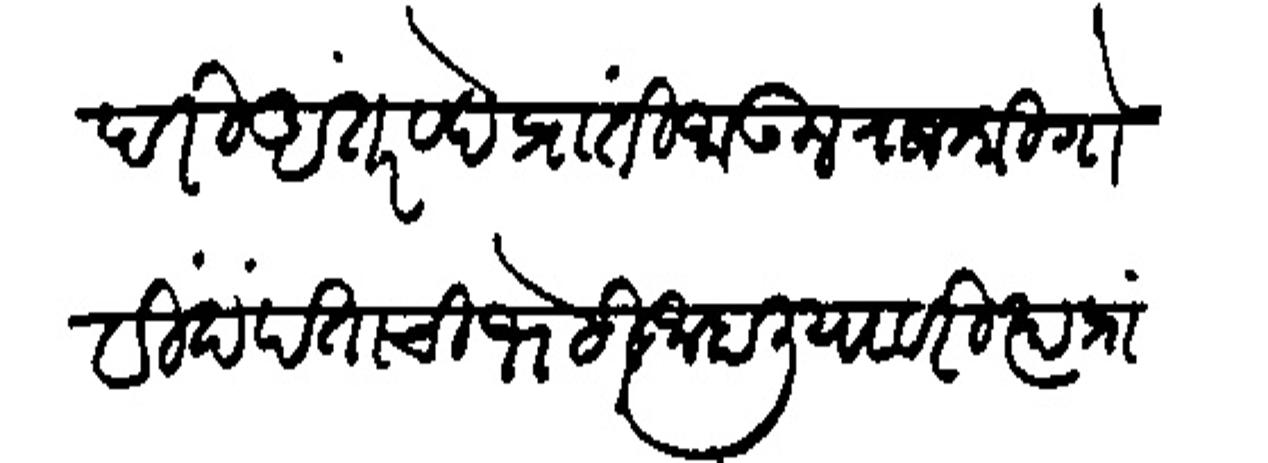
Transliteration (Devanagari): परि अंतरवेद प्रांती जाऊन राजश्री गोविदपंताची भेटी जाहालियावरी त्या प्रां